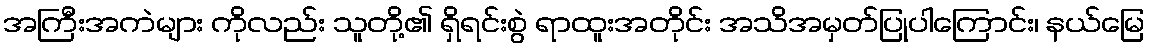
အကြီးအကဲများ ကိုလည်း သူတို့၏ ရှိရင်းစွဲ ရာထူးအတိုင်း အသိအမှတ်ပြုပါကြောင်း၊ နယ်မြေ